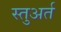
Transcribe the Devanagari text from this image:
स्तुअर्त